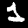
Label: 1